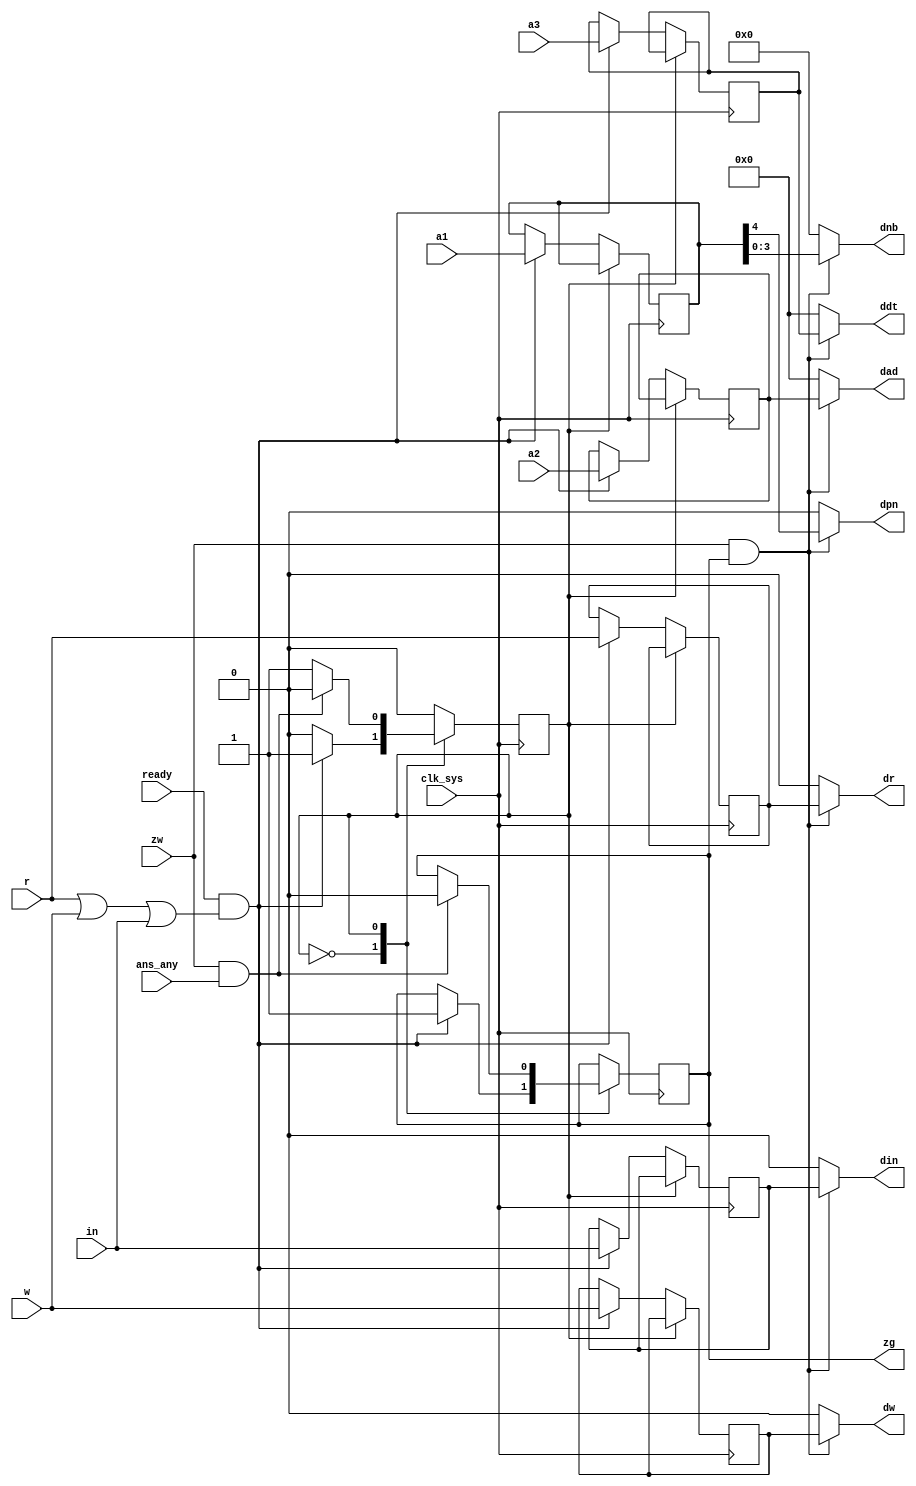
module drv_bus_req(
	input clk_sys,
	input ready,
	input r,
	input w,
	input in,
	input [0:7] a1,
	input [0:15] a2,
	input [0:15] a3,
	input zw,
	output reg zg,
	input ans_any,
	output dw,
	output dr,
	output din,
	output dpn,
	output [0:3] dnb,
	output [0:15] dad,
	output [0:15] ddt
);

	// registered data input/output
	reg ir, iw, iin;
	reg [0:7] ia1;
	reg [0:15] ia2;
	reg [0:15] ia3;

	// request trigger
	wire req = ready & (r | w | in);

	localparam IDLE = 4'd0;
	localparam REQ  = 4'd1;
	reg [0:0] state = IDLE;

	always @ (posedge clk_sys) begin

		case (state)

			IDLE: begin
				if (req) begin
					ir <= r;
					iw <= w;
					iin <= in;
					ia1 <= a1;
					ia2 <= a2;
					ia3 <= a3;
					zg <= 1;
					state <= REQ;
				end
			end

			REQ: begin
				if (zw & ans_any) begin
					zg <= 0;
					state <= IDLE;
				end
			end

		endcase

	end

	wire zwzg = zw & zg;

	assign dw  = zwzg ? iw       :  1'd0;
	assign dr  = zwzg ? ir       :  1'd0;
	assign din = zwzg ? iin      :  1'd0;
	assign dpn = zwzg ? ia1[3]   :  1'd0;
	assign dnb = zwzg ? ia1[4:7] :  4'd0;
	assign dad = zwzg ? ia2      : 16'd0;
	assign ddt = zwzg ? ia3      : 16'd0;

endmodule